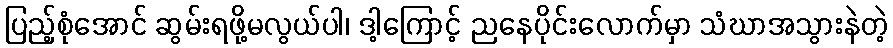
ပြည့်စုံအောင် ဆွမ်းရဖို့မလွယ်ပါ၊ ဒါ့ကြောင့် ညနေပိုင်းလောက်မှာ သံဃာအသွားနဲတဲ့